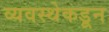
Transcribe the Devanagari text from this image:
व्यवस्थेकडून